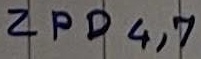
Text: ZPD4,7